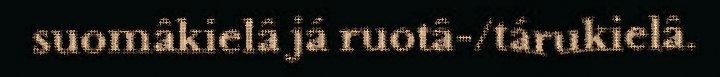
suomâkielâ já ruotâ-/tárukielâ.